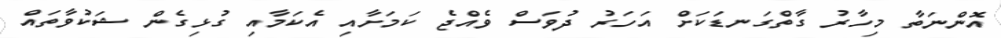
އޮންނަތާ މިހާރު ގާތްގަނޑަކަށް އަހަރު ދުވަސް ވެއްޖެ ކަމަށާއި އެކަމާއި ގުޅިގެން ޝަކުވާތައް